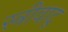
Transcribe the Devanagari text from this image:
स्त्रीवाद्